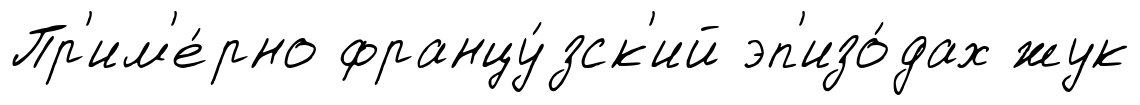
Пр'им'е́рно францу́зск'ий эп'изо́дах жук